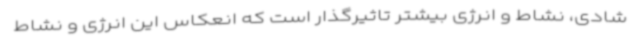
شادی، نشاط و انرژی بیشتر تاثیرگذار است که انعکاس این انرژی و نشاط